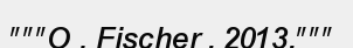
"""O . Fischer , 2013,"""